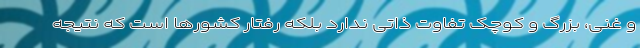
و غنی، بزرگ و کوچک تفاوت ذاتی ندارد بلکه رفتار کشورها است که نتیجه